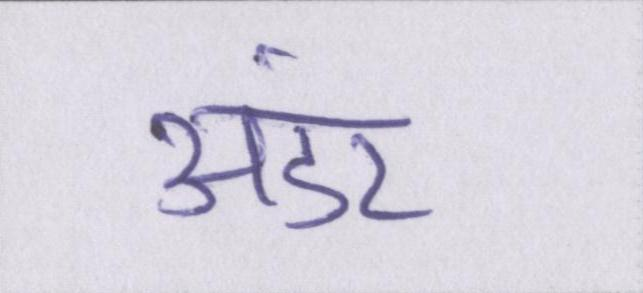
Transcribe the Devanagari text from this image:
अंडर